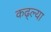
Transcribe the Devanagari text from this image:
कढ्ल्या